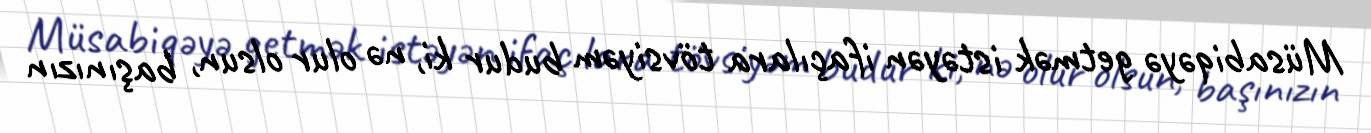
Müsabiqəyə getmək istəyən ifaçılara tövsiyəm budur ki, nə olur olsun, başınızın